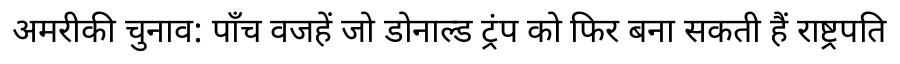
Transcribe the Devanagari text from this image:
अमरीकी चुनाव: पाँच वजहें जो डोनाल्ड ट्रंप को फिर बना सकती हैं राष्ट्रपति